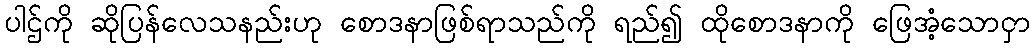
ပါဌ်ကို ဆိုပြန်လေသနည်းဟု စောဒနာဖြစ်ရာသည်ကို ရည်၍ ထိုစောဒနာကို ဖြေအံ့သောငှာ